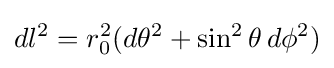
dl^{2}=r_{0}^{2}(d\theta ^{2}+\sin ^{2}\theta \,d\phi ^{2})